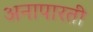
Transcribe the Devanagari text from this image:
अनापारती